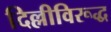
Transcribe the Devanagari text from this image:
दिल्लीविरूद्ध